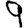
Digit: 9